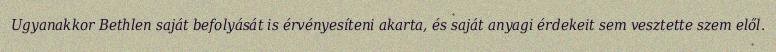
Ugyanakkor Bethlen saját befolyását is érvényesíteni akarta, és saját anyagi érdekeit sem vesztette szem elől.